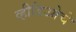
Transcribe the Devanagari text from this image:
व्हीडिओचे